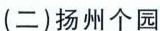
(二)扬州个园